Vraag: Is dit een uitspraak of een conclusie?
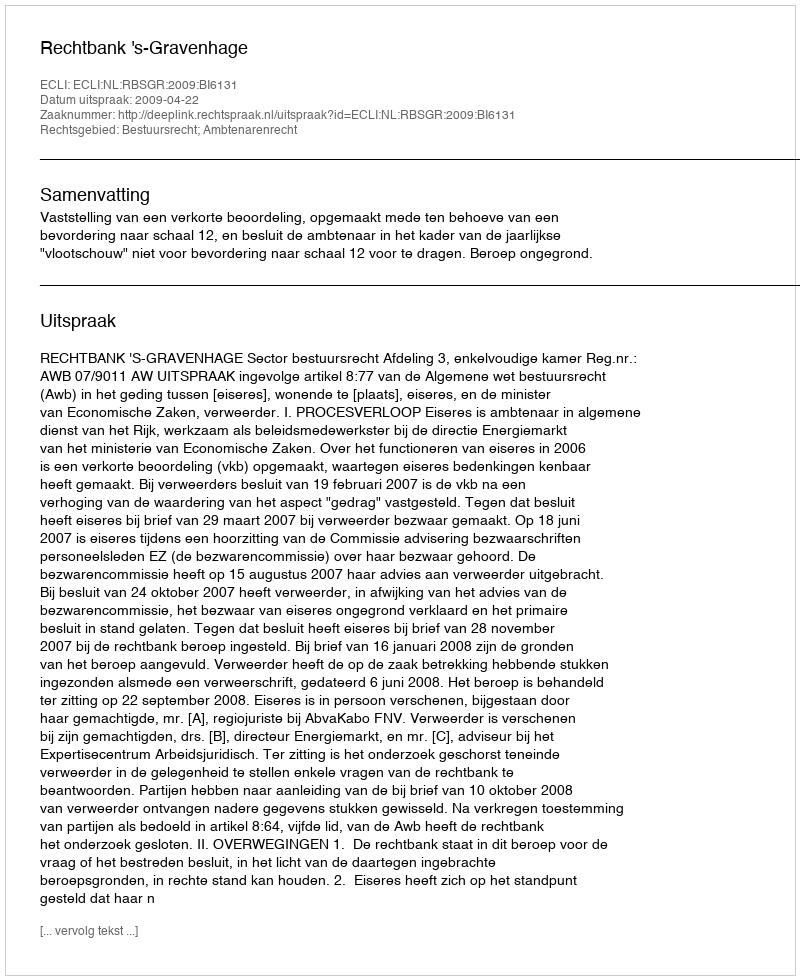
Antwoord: Uitspraak